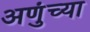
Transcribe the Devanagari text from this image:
अणुंच्या